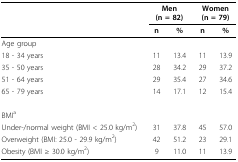
<table><thead><tr><td></td><td colspan="2"><b>Men(n = 82)</b></td><td colspan="2"><b>Women(n = 79)</b></td></tr><tr><td></td><td><b>n</b></td><td><b>%</b></td><td><b>n</b></td><td><b>%</b></td></tr></thead><tbody><tr><td>Age group</td><td></td><td></td><td></td><td></td></tr><tr><td>18 - 34 years</td><td>11</td><td>13.4</td><td>11</td><td>13.9</td></tr><tr><td>35 - 50 years</td><td>28</td><td>34.2</td><td>29</td><td>37.2</td></tr><tr><td>51 - 64 years</td><td>29</td><td>35.4</td><td>27</td><td>34.6</td></tr><tr><td>65 - 79 years</td><td>14</td><td>17.1</td><td>12</td><td>15.4</td></tr><tr><td>BMI<sup>a</sup></td><td></td><td></td><td></td><td></td></tr><tr><td>Under-/normal weight (BMI &lt; 25.0 kg/m<sup>2</sup>)</td><td>31</td><td>37.8</td><td>45</td><td>57.0</td></tr><tr><td>Overweight (BMI: 25.0 - 29.9 kg/m<sup>2</sup>)</td><td>42</td><td>51.2</td><td>23</td><td>29.1</td></tr><tr><td>Obesity (BMI ≥ 30.0 kg/m<sup>2</sup>)</td><td>9</td><td>11.0</td><td>11</td><td>13.9</td></tr></tbody></table>